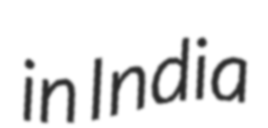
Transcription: in India